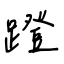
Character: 蹬